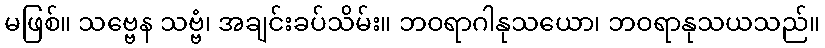
မဖြစ်။ သဗ္ဗေန သဗ္ဗံ၊ အချင်းခပ်သိမ်း။ ဘဝရာဂါနုသယော၊ ဘဝရာနုသယသည်။